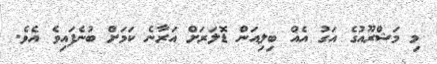
މި މަޝްރޫއުގެ އަގު އެއް ބިލިއަން ޑޮލަރަށް އަރާނެ ކަމަށް ބުނެފައިވެ އެވެ.